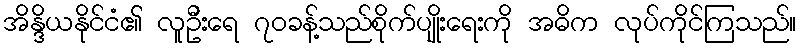
အိန္ဒိယနိုင်ငံ၏ လူဦးရေ ၇၀ခန့်သည်စိုက်ပျိုးရေးကို အဓိက လုပ်ကိုင်ကြသည်။